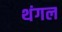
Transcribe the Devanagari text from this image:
थंगल